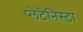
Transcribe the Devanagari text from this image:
प्‍लेटेनिस्‍टा